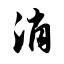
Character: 消